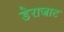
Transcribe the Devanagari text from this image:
डेराजाट